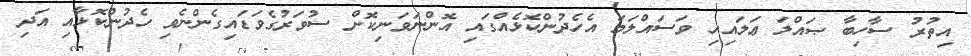
އިތުރު ސާހިބާ ޞައްލަ ޢަލައިހި ވަސައްލަމަ އެހެދުންކޮޅެއްގައި އޮންނަވަނިކޮށް ސުވަރުގެވަޑައިގެންނެވި ހެދުންކޮޅާއި އަދި